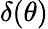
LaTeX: \delta(\theta)